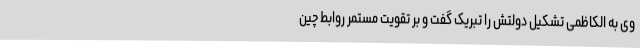
وی به الکاظمی تشکیل دولتش را تبریک گفت و بر تقویت مستمر روابط چین